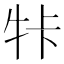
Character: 𤙐